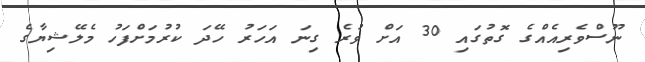
ނޫސްވެރިއެއްގެ ގޮތުގައި 30 އަށް ވުރެ ގިނަ އަހަރު ހޭދަ ކުރުމަށްފަހު މެލޭޝިޔާގެ